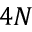
4 N